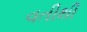
વતીથી